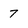
Character: 7